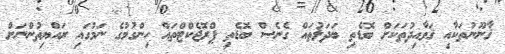
ޤާނޫނުތަކާއި ޤަވާއިދުތަކަށް ބޮޑެތި ބަދަލުތައް ގެނެސް ބޮޑެތި ޕްރޮޖެކްޓްތައް ހިންގުމުގެ ނަމުގައި ރައްޔިތުންނަށް